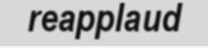
reapplaud